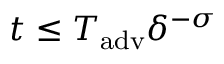
t \le T _ { \mathrm { a d v } } \delta ^ { - \sigma }